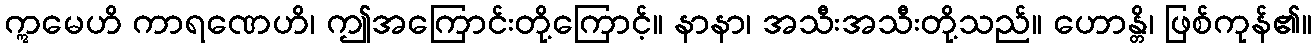
ဣမေဟိ ကာရဏေဟိ၊ ဤအကြောင်းတို့ကြောင့်။ နာနာ၊ အသီးအသီးတို့သည်။ ဟောန္တိ၊ ဖြစ်ကုန်၏။